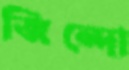
জিন্দো